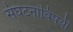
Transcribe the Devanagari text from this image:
संघटनांविषयी